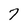
Character: 7